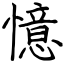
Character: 憶